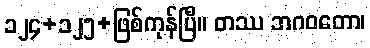
၁၂၄+၁၂၅+ဖြစ်ကုန်ပြီ။ တဿ ဘဂဝတော၊